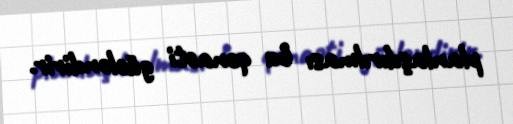
planlaşdırılması bu qənaəti gücləndirir.